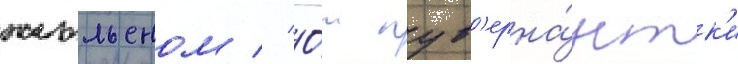
жюльеном // О́т гув'ерна́нтк'и